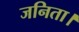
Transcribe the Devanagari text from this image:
जनिता।